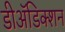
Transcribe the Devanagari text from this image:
डीअॅडिक्शन